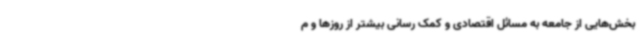
بخش‌هایی از جامعه به مسائل اقتصادی و کمک رسانی بیشتر از روزها و م